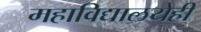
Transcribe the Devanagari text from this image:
महाविद्यालयेही